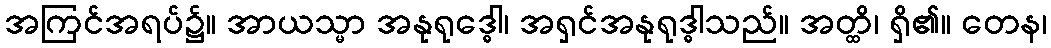
အကြင်အရပ်၌။ အာယသ္မာ အနုရုဒ္ဓေါ၊ အရှင်အနုရုဒ္ဓါသည်။ အတ္ထိ၊ ရှိ၏။ တေန၊